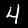
Digit: 4